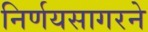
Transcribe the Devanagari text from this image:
निर्णयसागरने